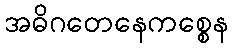
အဓိဂတေနေကစ္စေန